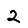
Digit: 2